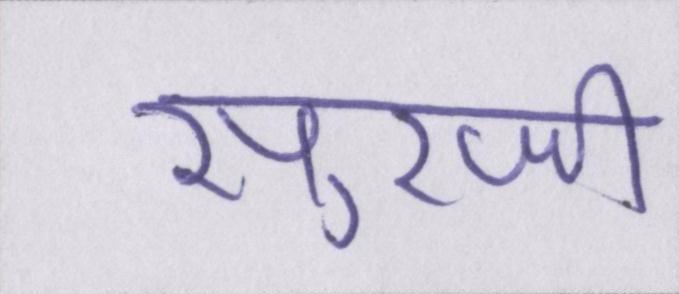
सुरजी